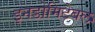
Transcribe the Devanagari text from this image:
इनडोमिटेबल